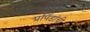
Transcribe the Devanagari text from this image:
प्रपिंडांची